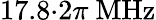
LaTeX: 17.8{\cdot}2\pi\ \mathrm{MHz}